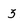
Character: 3